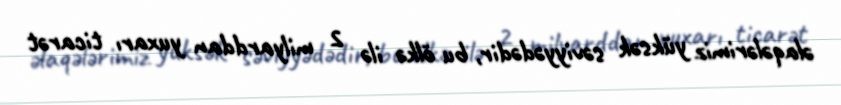
əlaqələrimiz yüksək səviyyədədir, bu ölkə ilə 2 milyarddan yuxarı ticarət